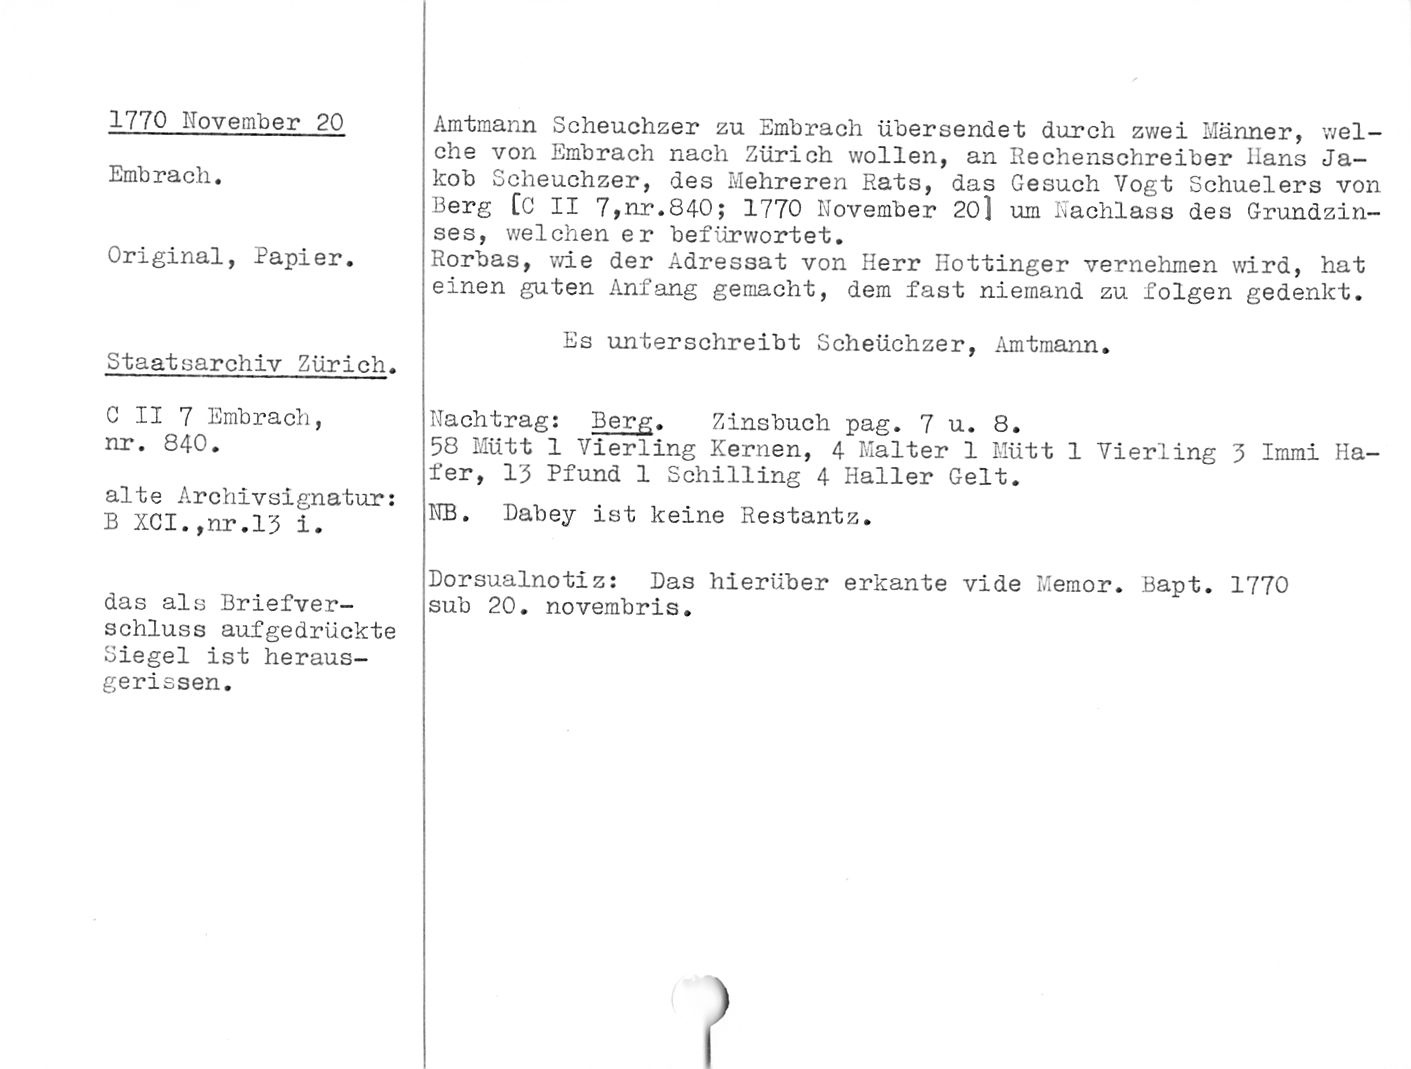
1770 November 20

Embrach.

Original, Papier.

Staatearchiv Zürich.

G II 7 Embrach,
nr. 840.

alte Archivsignatur:
B XCI.,nr.l3 i.

das als Briefver¬
schluss aufgedrückte
Siegel ist heraus¬
gerissen.

Amtmann Scheuchzer zu Embrach übersendet durch zv/ei Männer, wel¬
che von Embrach nach Zürich wollen, an Rechenschreiber llans Ja¬
kob Scheuchzer, des Mehreren Rats, das Gesuch Vogt Schuelers von
Berg [0 II 7,nr.840; 1770 November 20] um Nachlass des Grundzin¬
ses, welchen er befürwortet.

Rorbas, wie der Adressat von Herr Iiottinger vernehmen wird, hat
einen guten Anfang gemacht, dem fast niemand zu folgen gedenkt.

Es unterschreibt Scheuchzer, Amtmann.

Nachtrag: Berg. Zinsbuch pag. 7 u. 8.

58 Mütt 1 Vierling Kernen, 4 Kalter 1 Mütt 1 Vierling 3 Immi Ha¬
fer, 13 Pfund 1 Schilling 4 Haller Gelt.

NB. Dabey ist keine Restantz.

Dorsualnotiz: Das hierüber erkante vide Memor. Bapt. 1770

sub 20. novembris.